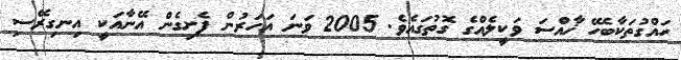
ހައްގުތަކާބެހޭ ޚާއްސަ ވަކީލެއްގެ ގޮތުގައެވެ. 2005 ވަނަ އަހަރުން ފެށިގެން އޭނާއަކީ އިނގިރޭސި